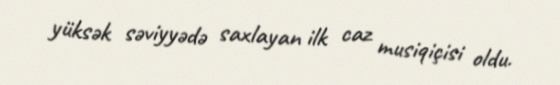
yüksək səviyyədə saxlayan ilk caz musiqiçisi oldu.